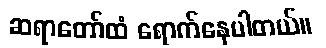
ဆရာတော်ထံ ရောက်နေပါတယ်။